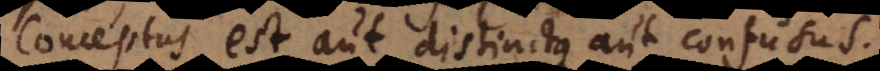
Conceptus est aut distinctus aut confusus.